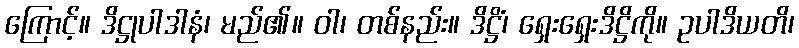
ကြောင့်။ ဒိဋ္ဌုပါဒါနံ၊ မည်၏။ ဝါ၊ တစ်နည်း။ ဒိဋ္ဌိံ၊ ရှေးရှေးဒိဋ္ဌိကို။ ဥပါဒိယတိ၊